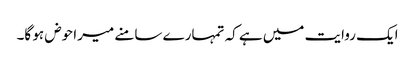
ایک روایت میں ہے کہ تمہارے سامنے میرا حوض ہو گا۔